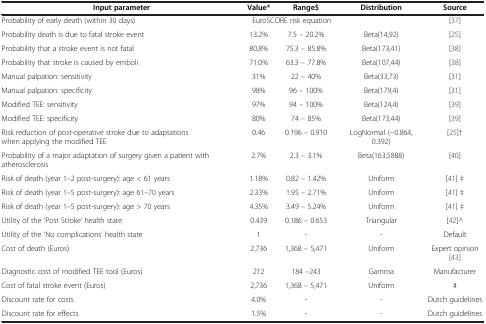
| Input parameter | Value* | Range$ | Distribution | Source |
 | --- | --- | --- | --- | --- |
 | Probability of early death (within 30 days) | <COLSPAN=2> EuroSCORE risk equation |  | [37] |
 | Probability death is due to fatal stroke event | 13.2% | 7.5 – 20.2% | Beta(14,92) | [25] |
 | Probability that a stroke event is not fatal | 80.8% | 75.3 – 85.8% | Beta(173,41) | [38] |
 | Probability that stroke is caused by emboli | 71.0% | 63.3 – 77.8% | Beta(107,44) | [38] |
 | Manual palpation: sensitivity | 31% | 22 – 40% | Beta(33,73) | [31] |
 | Manual palpation: specificity | 98% | 96 – 100% | Beta(179,4) | [31] |
 | Modified TEE: sensitivity | 97% | 94 – 100% | Beta(124,4) | [39] |
 | Modified TEE: specificity | 80% | 74 – 85% | Beta(173,44) | [39] |
 | Risk reduction of post-operative stroke due to adaptations when applying the modified TEE | 0.46 | 0.196 – 0.910 | LogNormal (−0.864, 0.392) | [25]† |
 | Probability of a major adaptation of surgery given a patient with atherosclerosis | 2.7% | 2.3 – 3.1% | Beta(163,5888) | [40] |
 | Risk of death (year 1–2 post-surgery): age < 61 years | 1.18% | 0.82 – 1.42% | Uniform | [41] ‡ |
 | Risk of death (year 1–5 post-surgery): age 61–70 years | 2.33% | 1.95 – 2.71% | Uniform | [41] ‡ |
 | Risk of death (year 1–5 post-surgery): age > 70 years | 4.35% | 3.49 – 5.24% | Uniform | [41] ‡ |
 | Utility of the ‘Post Stroke’ health state | 0.439 | 0.186 – 0.653 | Triangular | [42]^ |
 | Utility of the ‘No complications’ health state | 1 | - | - | Default |
 | Cost of death (Euros) | 2,736 | 1,368 – 5,471 | Uniform | Expert opinion[43] |
 | Diagnostic cost of modified TEE tool (Euros) | 212 | 184 –243 | Gamma | Manufacturer |
 | Cost of fatal stroke event (Euros) | 2,736 | 1,368 – 5,471 | Uniform | # |
 | Discount rate for costs | 4.0% | - | - | Dutch guidelines |
 | Discount rate for effects | 1.5% | - | - | Dutch guidelines |